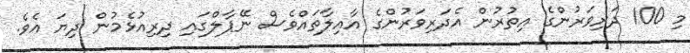
މި 100 ދަރިވަރުންގެ އިތުރުން އެދަރިވަރުންގެ އާއިލާތައްވެސް ނޭޕާލްގައި ދިރިއުޅެމުން ދިޔަ އެވެ.